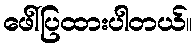
ဖေါ်ပြထားပါတယ်။